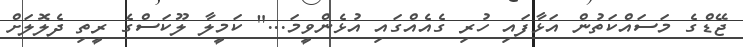
ޖޭޑްގެ މަސައްކަތުން އަޅާފައި ހުރި ގެއެއްގައި އުޅެންވީމަ..." ކަމީލާ ލޫކަސްގެ ރީތި ދެލޮލަށް